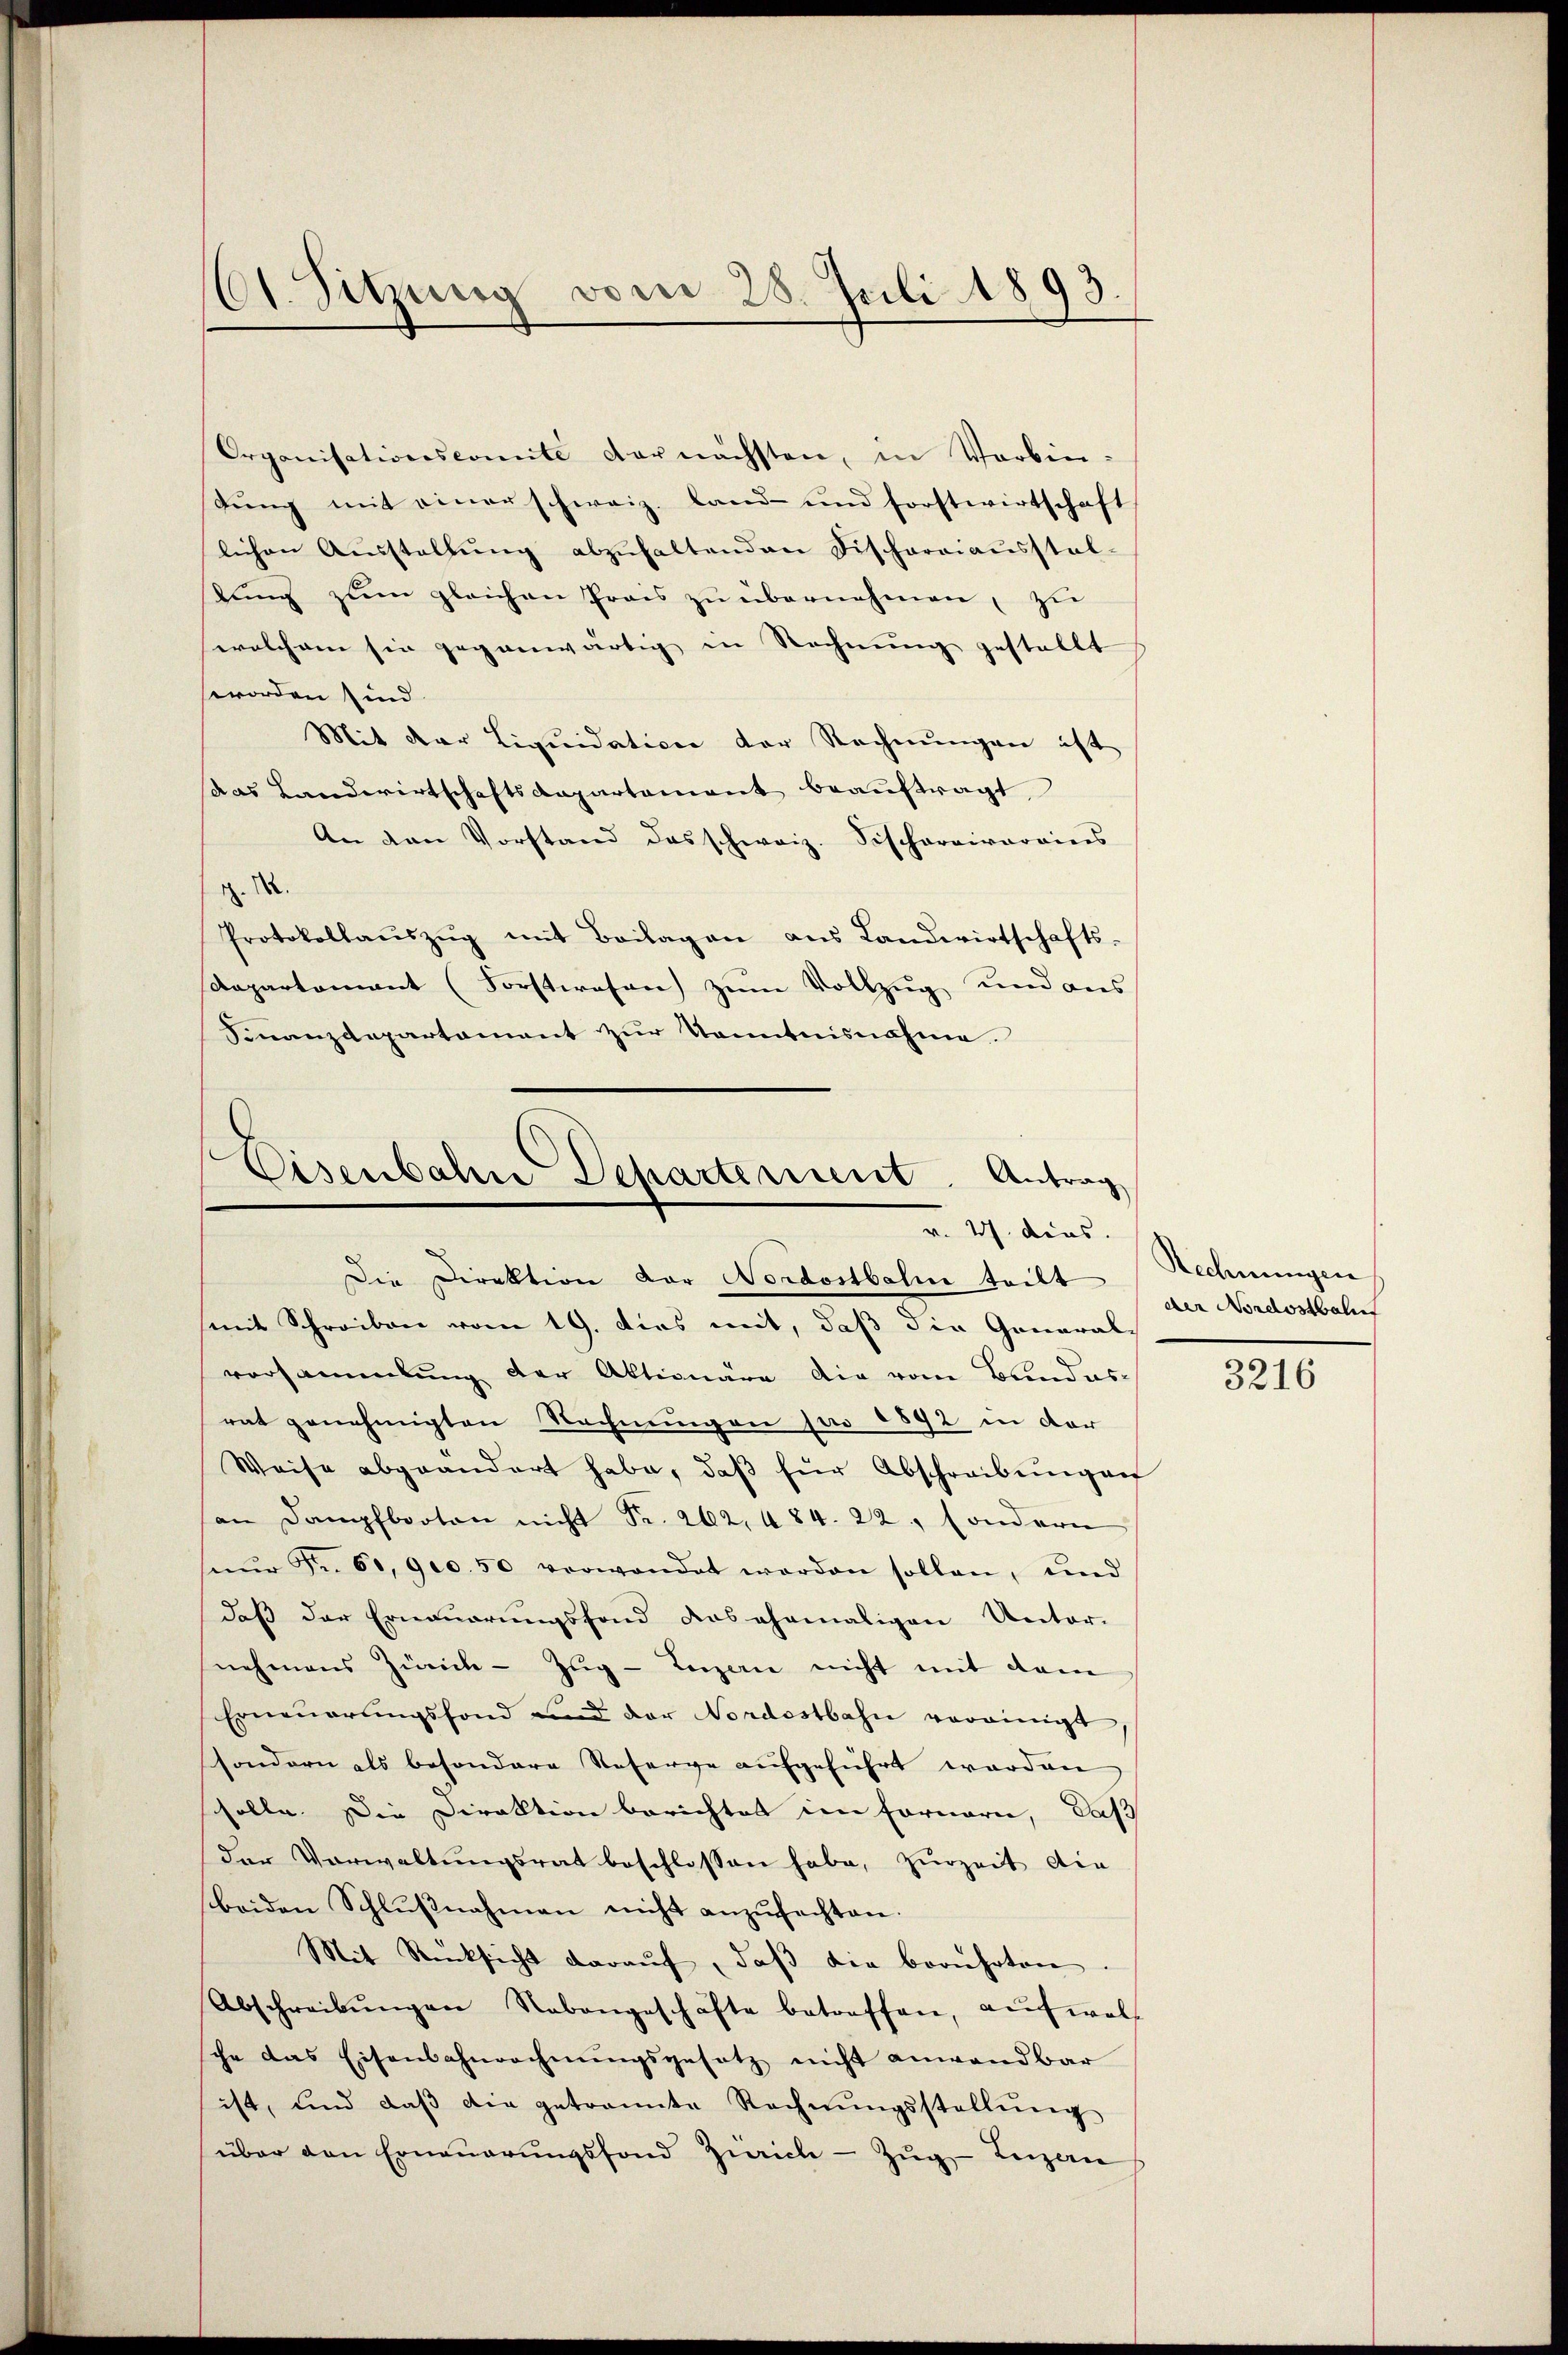
61. Sitzung vom 28. Juli 1893.

Organisationscomite vornächsten, in Verbin-
dŭng mit einer schweiz. Land- und Forstwirtschaft
lichen Aŭsstellŭng abzŭhaltenden Fischargiaŭsstal-
tung zum gleichen Preis zu übernehmen, zu
welchem sie gegenwärtig in Rechnung gestellt
worden sind
Mit der Liquidation der Rechnungen ist
das Landwirtschaftsdepartement beaŭftragt
An den Vorstand das schweiz. Fischaraivarains
R. M.
Protokollaŭszŭg mit Beilagen ans Landwirtschafts-
Departement (Forstwesen zum Vollzug und aus
Finanzdepartament zur Kenntnisnahme.

Eisenbahn Departement. Antrag
v. 27. ders.
Die Direktion der Nordostbahn teilt

mit Schreiben vom 19. dies mit, daß die General-
vorsammlung der Aktionäre die vom Bundesrat genehmigten Rechnungen pro 1892 in der
Weise abgeändert habe, daβ für Abschreibŭngen
an Dampfbooten nicht Fr. 262, 484. 22, sondern
eŭr Fr. 60, 900.50 verwendet werden sollen, und
daß der Erneuerungsfond das ehemaligen Unter-
nehmens Zürich - Zŭg-Legerie nicht mit dem
Erneŭerŭngsfond und der Nordostbahn vereinigt
sondern als besondere Reserve aufgeführt worden,
solle. Die Direktion berichtet im Fornern, daß
Der Vorwaltungsrat beschlossen habe, zurzeit die
beiden Schlŭβnahmen nicht anzŭfachten.
Mit Rücksicht daraŭf, daβ die berührten
Abschreibŭngen Nebengeschäfte betreffen, aŭf woll
che das Eisenbahnrechnungsgesetz nicht anwendbar
ist, und daβ die getrannte Rechnŭngsstellŭng
über den Erneŭerŭngsfond Zürich-Zŭg-Luzern

Rechnungen
der Nordostbalis

3216